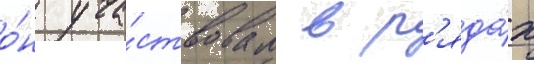
о́н уча́ствовал в р'яда́х